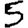
Digit: 5